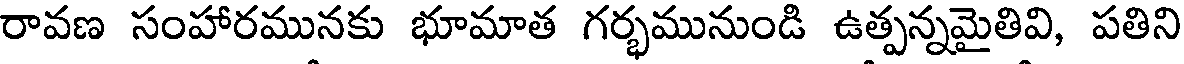
రావణ సంహారమునకు భూమాత గర్భమునుండి ఉత్పన్నమైతివి, పతిని